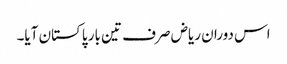
اس دوران ریاض صرف تین بار پاکستان آیا۔